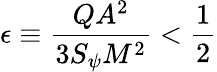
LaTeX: \epsilon\equiv\frac{QA^{2}}{3S_{\psi}M^{2}}<\frac{1}{2}